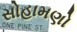
સોહામણો